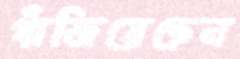
গাঁজিয়েছেন